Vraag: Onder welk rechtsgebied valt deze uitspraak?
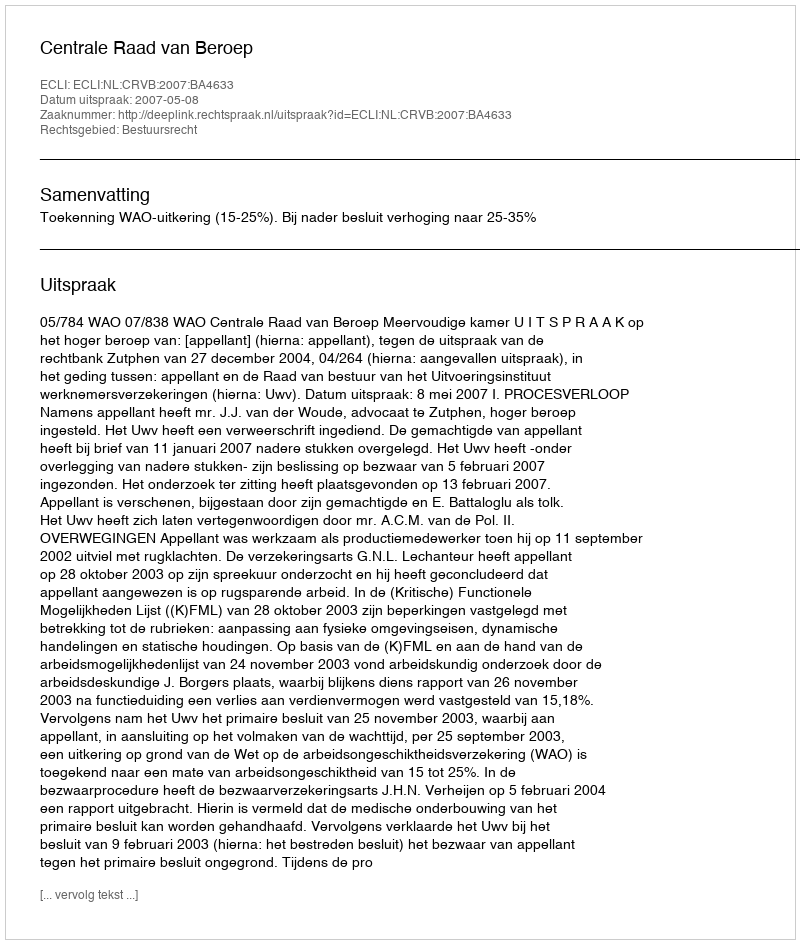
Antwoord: Bestuursrecht